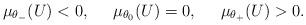
LaTeX: \begin{align*}\mu_{\theta_-} (U) <0, \;\;\;\;\; \mu_{\theta_0}(U) =0 , \;\;\;\;\; \mu_{\theta_+}(U) > 0.\end{align*}